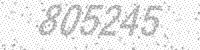
Solution: 805245